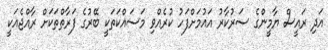
އަދި ރައީސް ޔާމީންގެ ސަރުކާރު އައުމަށްފަހު ކުރެއްވި މަސައްކަތަކީ ބޭރުގެ ފަރާތްތަކަށް ރާއްޖެއަކީ